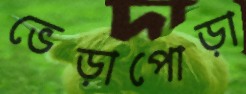
ভেড়াপোড়া